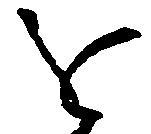
を